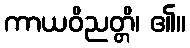
ကာယဝိညတ္တိ၊ ၏။